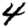
Digit: 4